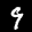
Label: 9